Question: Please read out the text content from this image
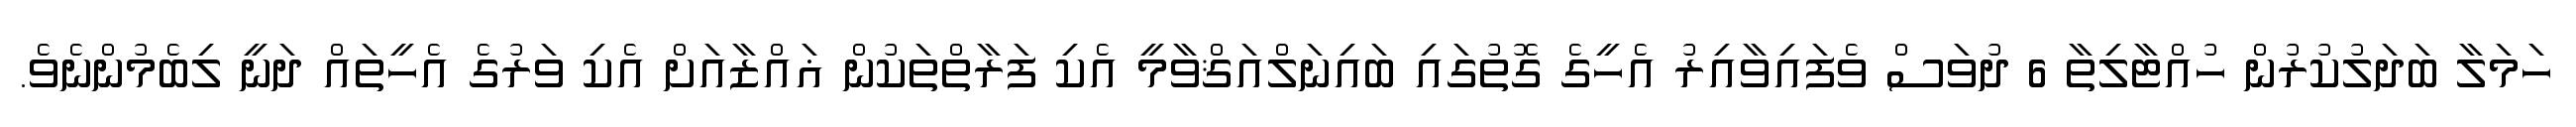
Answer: ހަމަލާ ބަދަލުކުރުން ހުއްޓާލިތާ 6 ދުވަސް ވެފައިވާއިރު އެހީގެ ގޮތުގައި ބައިނަލްއަޤްވާމީ އެކި ފަރާތްތަކުން ޣައްޒާއަށް އެކި ވަރުގެ އެހީތައް ދަނީ ލިބެމުންނެވެ.